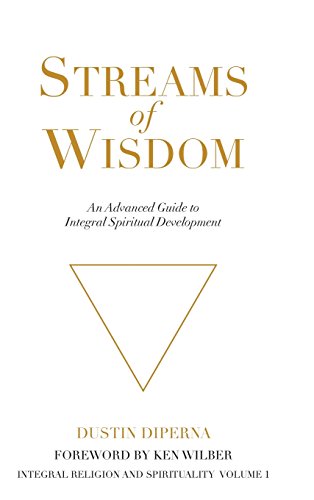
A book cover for Streams of Wisdom; Dustin DiPerna; Religion & Spirituality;